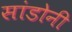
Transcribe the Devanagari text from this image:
सांडोनी